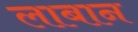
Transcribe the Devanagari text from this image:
लाबान